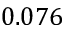
0 . 0 7 6